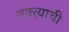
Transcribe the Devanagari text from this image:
तक्त्याची